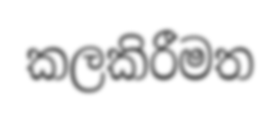
කලකිරීමත